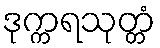
ဒုက္ကရသုတ္တံ